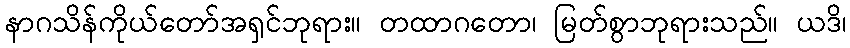
နာဂသိန်ကိုယ်တော်အရှင်ဘုရား။ တထာဂတော၊ မြတ်စွာဘုရားသည်။ ယဒိ၊